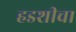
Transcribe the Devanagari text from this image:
हडशीचा